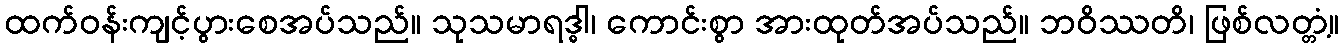
ထက်ဝန်းကျင့်ပွားစေအပ်သည်။ သုသမာရဒ္ဓါ၊ ကောင်းစွာ အားထုတ်အပ်သည်။ ဘဝိဿတိ၊ ဖြစ်လတ္တံ့။